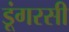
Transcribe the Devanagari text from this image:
डूंगरसी